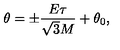
\theta = \pm \frac { E \tau } { \sqrt { 3 } M } + \theta _ { 0 } ,